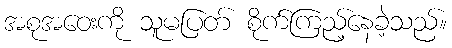
အစုအဝေးကို သူမပြတ် စိုက်ကြည့်နေခဲ့သည်။